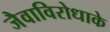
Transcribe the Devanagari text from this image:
जैवाविरोधाके